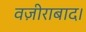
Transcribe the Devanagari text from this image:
वज़ीराबाद।